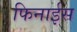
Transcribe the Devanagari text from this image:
फिनाईस